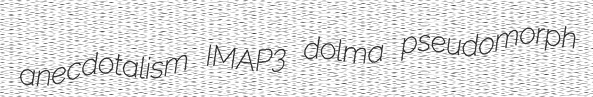
anecdotalism IMAP3 dolma pseudomorph